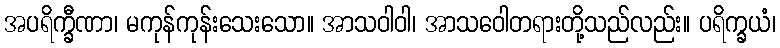
အပရိက္ခီဏာ၊ မကုန်ကုန်းသေးသော။ အာသဝါဝါ၊ အာသဝေါတရားတို့သည်လည်း။ ပရိက္ခယံ၊